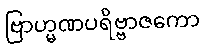
ဗြာဟ္မဏပရိဗ္ဗာဇကော